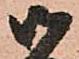
御